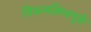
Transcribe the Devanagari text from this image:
विक्रमसिम्‍हपुरी